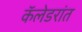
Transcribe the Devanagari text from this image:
कॅलेडरांत